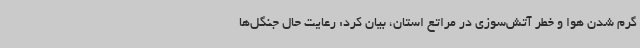
گرم شدن هوا و خطر آتش‌سوزی در مراتع استان، بیان کرد: رعایت حال جنگل‌ها